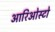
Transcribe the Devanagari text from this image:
आरिओस्टो